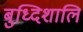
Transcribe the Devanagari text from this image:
बुध्दिशालि